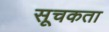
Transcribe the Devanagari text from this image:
सूचकता